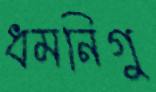
ধমনিগু